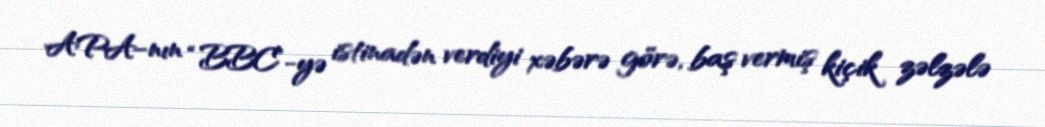
APA-nın “BBC”-yə istinadən verdiyi xəbərə görə, baş vermiş kiçik zəlzələ